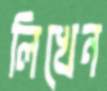
লিখেন